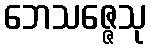
ဘေသဇ္ဇေသု